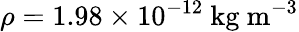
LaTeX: \rho=1.98\times 10^{-12}\ \mathrm{kg\ m^{-3}}